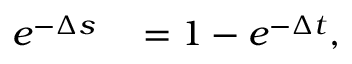
\begin{array} { r l } { e ^ { - \Delta s } } & { { } = 1 - e ^ { - \Delta t } , } \end{array}